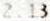
2.13